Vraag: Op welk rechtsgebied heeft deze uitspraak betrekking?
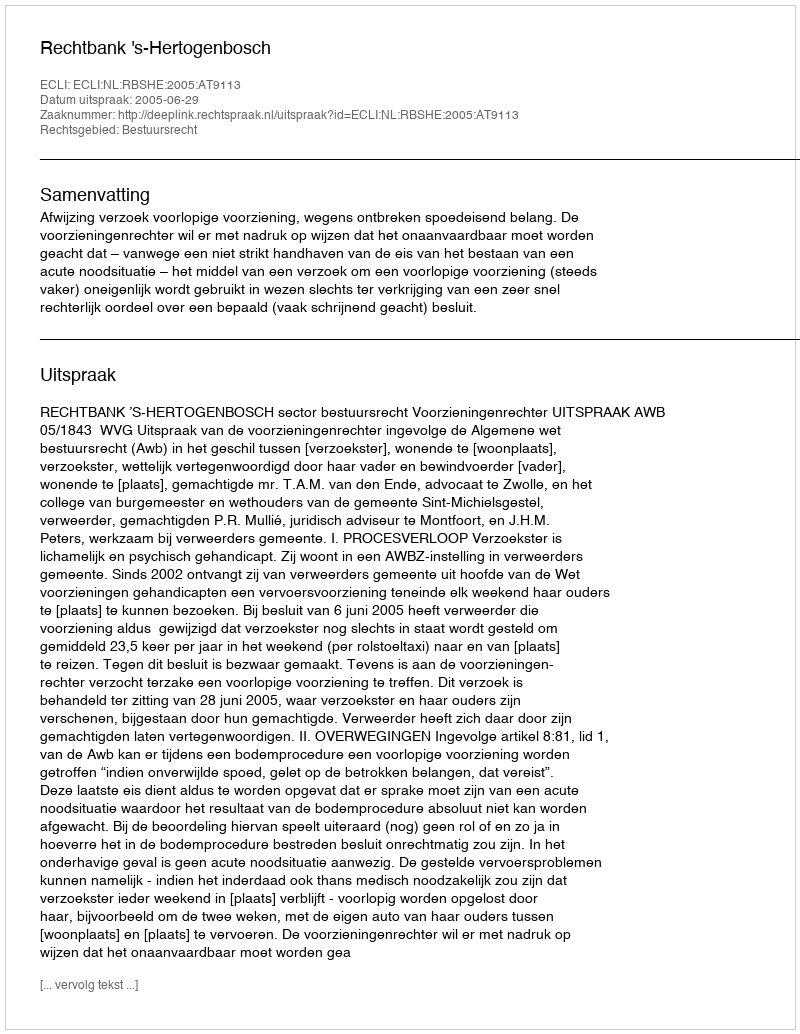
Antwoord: Bestuursrecht